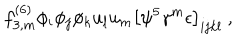
f _ { 3 , m } ^ { ( 6 ) } \phi _ { i } \phi _ { j } \phi _ { k } u _ { l } u _ { m } \left[ \psi ^ { 5 } \gamma ^ { m } \epsilon \right] _ { i j k l } \ ,